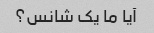
آیا ما یک شانس؟